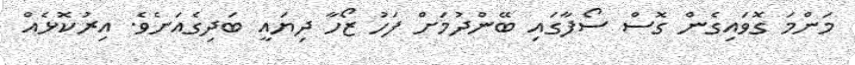
މަންމަ ގޮވައިގެން ގޮސް ސޯފާގައި ބޭންދުމަށް ފަހު ޒޯހާ ދިޔައީ ބަދިގެއަށެވެ. އިރުކޮޅެއް